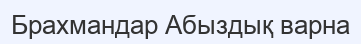
Брахмандар Абыздық варна